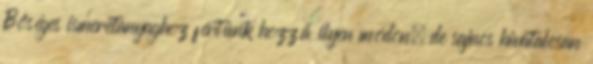
Bőséges ismeretanyaghoz fértünk hozzá ilyen módon, de sajnos hivatalosan